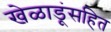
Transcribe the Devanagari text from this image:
खेळाडूंसहित